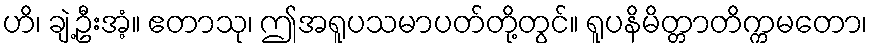
ဟိ၊ ချဲ့ဦးအံ့။ ဧတာသု၊ ဤအရူပသမာပတ်တို့တွင်။ ရူပနိမိတ္တာတိက္ကမတော၊